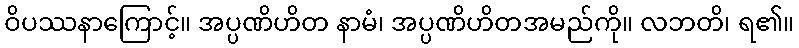
ဝိပဿနာကြောင့်။ အပ္ပဏိဟိတ နာမံ၊ အပ္ပဏိဟိတအမည်ကို။ လဘတိ၊ ရ၏။